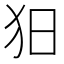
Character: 𤝍